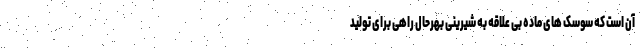
آن است که سوسک های ماده بی علاقه به شیرینی بهرحال راهی برای تولید